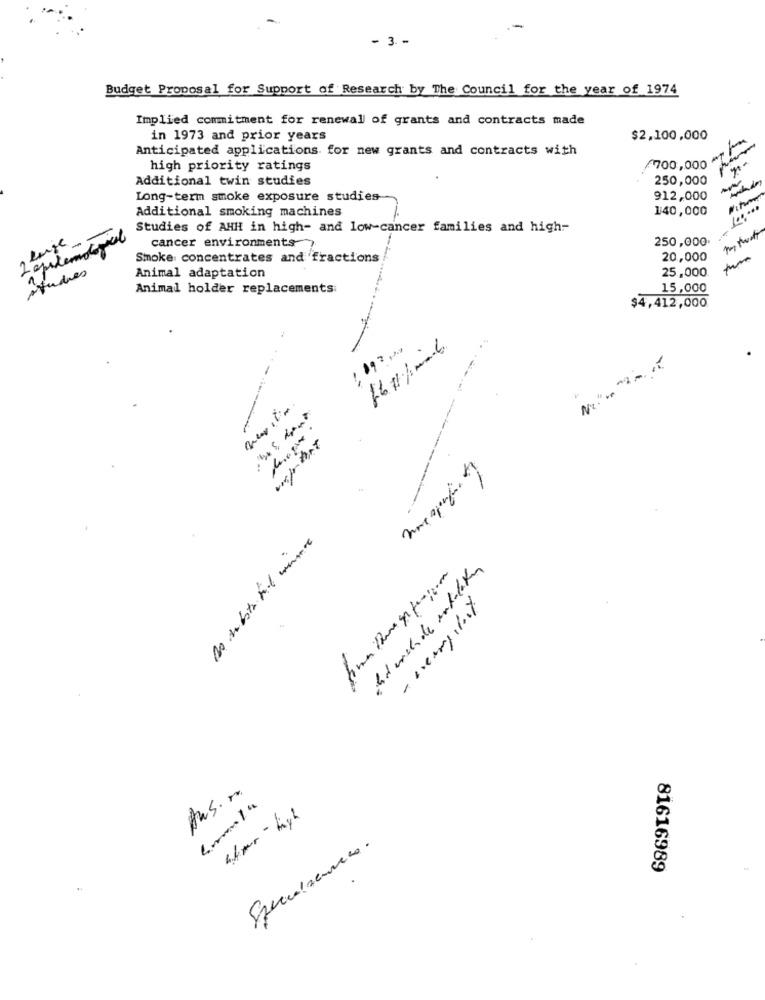
- 3. -
Budget Proposal for Support of Research by The Council for the year of 1974
Implied commitment for renewal of grants and contracts made
in 1973 and prior years
$2,100,000
Anticipated applications for new grants and contracts with
high priority ratings
700,000
Additional twin studies
250,000
Long-term smoke exposure studies
912,000
Additional smoking machines
140,000
100 ...
Studies of AHH in high- and low-cancer families and high-
250,000
cancer environments
Smoke concentrates and fractions
20,000
studies
25,000
Animal adaptation
Animal holder replacements
15,000
$4,412,000
ghd unch de intelaken
Ans. ..
81616989